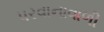
પરવાનાવાળી